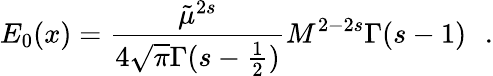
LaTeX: E_{0}(x)=\frac{\tilde{\mu}^{2s}}{4\sqrt{\pi}\Gamma(s-\frac 12)}M^{2-2s}\Gamma(s-1)\, \ \ .